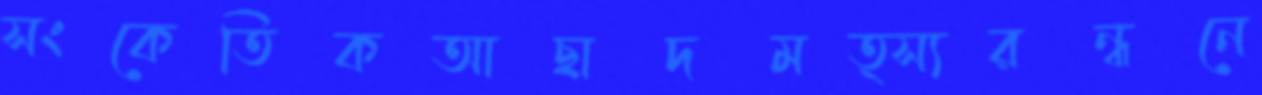
সংকেতিকআছাদমত্স্যরন্ধনে